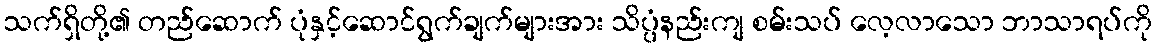
သက်ရှိတို့၏ တည်ဆောက် ပုံနှင့်ဆောင်ရွက်ချက်များအား သိပ္ပံနည်းကျ စမ်းသပ် လေ့လာသော ဘာသာရပ်ကို